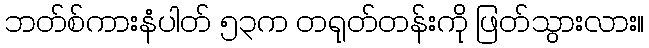
ဘတ်စ်ကားနံပါတ် ၅၃က တရုတ်တန်းကို ဖြတ်သွားလား။